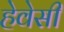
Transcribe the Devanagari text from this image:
हेवेसी